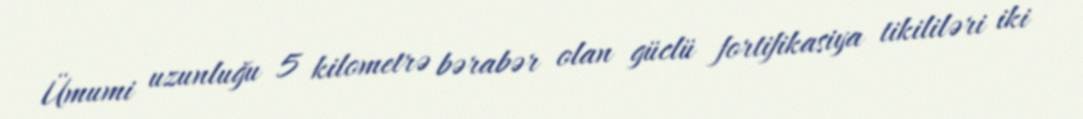
Ümumi uzunluğu 5 kilometrə bərabər olan güclü fortifikasiya tikililəri iki